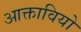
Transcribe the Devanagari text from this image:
आक्तावियो